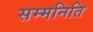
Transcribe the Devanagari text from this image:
सम्मनिति